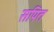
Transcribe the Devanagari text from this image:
सपित